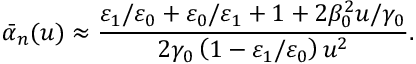
\bar { \alpha } _ { n } ( u ) \approx \frac { \varepsilon _ { 1 } / \varepsilon _ { 0 } + \varepsilon _ { 0 } / \varepsilon _ { 1 } + 1 + 2 \beta _ { 0 } ^ { 2 } u / \gamma _ { 0 } } { 2 \gamma _ { 0 } \left( 1 - \varepsilon _ { 1 } / \varepsilon _ { 0 } \right) u ^ { 2 } } .